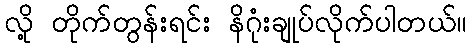
လို့ တိုက်တွန်းရင်း နိဂုံးချုပ်လိုက်ပါတယ်။